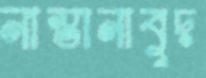
নাস্তানাবুদ